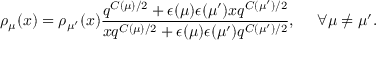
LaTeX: \rho _ { \mu } ( x ) = \rho _ { \mu ^ { \prime } } ( x ) \frac { q ^ { C ( \mu ) / 2 } + \epsilon ( \mu ) \epsilon ( \mu ^ { \prime } ) x q ^ { C ( \mu ^ { \prime } ) / 2 } } { x q ^ { C ( \mu ) / 2 } + \epsilon ( \mu ) \epsilon ( \mu ^ { \prime } ) q ^ { C ( \mu ^ { \prime } ) / 2 } } , ~ ~ ~ ~ \forall \mu \neq \mu ^ { \prime } .